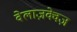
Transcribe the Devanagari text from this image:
वेलाज़क्वेज़